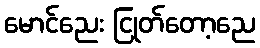
မောင်ညေး ငြုတ်တော့ညေ